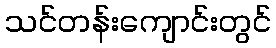
သင်တန်းကျောင်းတွင်